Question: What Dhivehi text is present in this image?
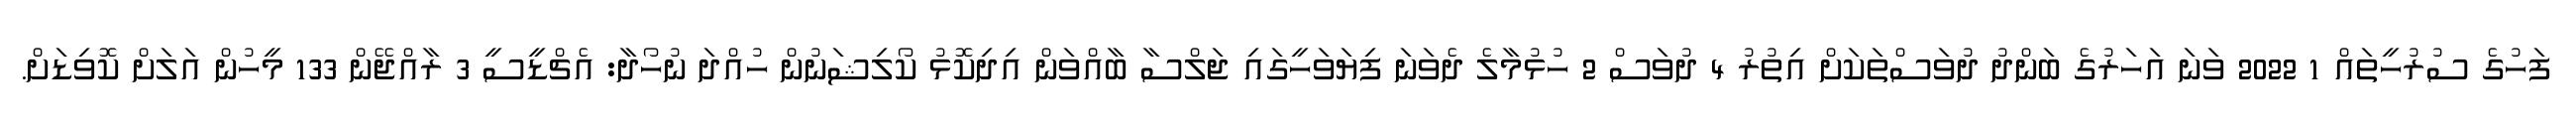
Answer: ފަހުގެ ސުރުހީތައް 1 2022 ވަނަ އަހަރުގެ ބަންދު ދުވަސްތަކަށް އިތުރު 4 ދުވަސް 2 ހުޅުމާލެ ދެވަނަ ފިޔަވަހީގައި ޖަލްސާ ބާއްވަން އިދިކޮޅު ކޯލިޝަނުން ހުއްދަ ނުހޯދާ: އެޗްޑީސީ 3 ރާއްޖޭން 133 މީހުން އަލަށް ކޮވިޑަށް.